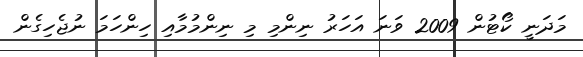
މަދަނީ ކޯޓުން 2009 ވަނަ އަހަރު ނިންމި މި ނިންމުމާއި ހިންހަމަ ނުޖެހިގެން